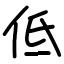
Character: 低